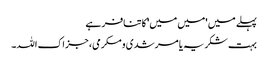
پہلے میں 'میں میں' کا تنافر ہے
بہت شکریہ یا مرشدی و مکرمی، جزاک اللہ۔